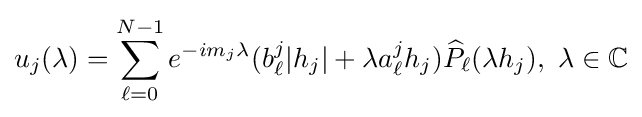
u_{j}(\lambda )=\sum _{\ell =0}^{N-1}e^{-im_{j}\lambda }(b_{\ell }^{j}|h_{j}|+\lambda a_{\ell }^{j}h_{j}){\widehat {P}}_{\ell }(\lambda h_{j}),\ \lambda \in \mathbb {C}